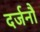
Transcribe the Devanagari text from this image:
दर्जनौं